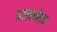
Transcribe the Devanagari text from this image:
प्रजकतेतत